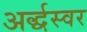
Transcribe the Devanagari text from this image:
अर्द्धस्वर